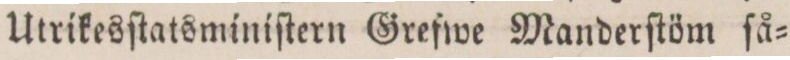
Utrikesſtatsminiſtern Grefwe Manderſtöm ſå=